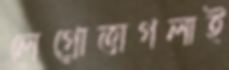
লেগ্রোত্তাগলাই